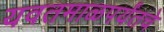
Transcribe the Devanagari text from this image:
यवतमाळपर्यंतचे